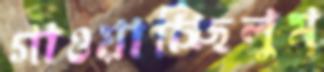
গাওয়াচ্ছিলুম